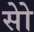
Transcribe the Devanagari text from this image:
सोे